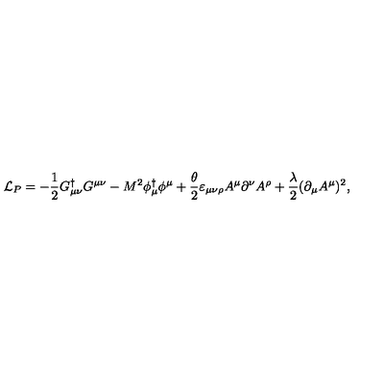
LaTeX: { \cal L } _ { P } = - \frac 1 2 G _ { \mu \nu } ^ { \dagger } G ^ { \mu \nu } - M ^ { 2 } \phi _ { \mu } ^ { \dagger } \phi ^ { \mu } + \frac { \theta } { 2 } \varepsilon _ { \mu \nu \rho } A ^ { \mu } \partial ^ { \nu } A ^ { \rho } + \frac { \lambda } { 2 } ( \partial _ { \mu } A ^ { \mu } ) ^ { 2 } ,